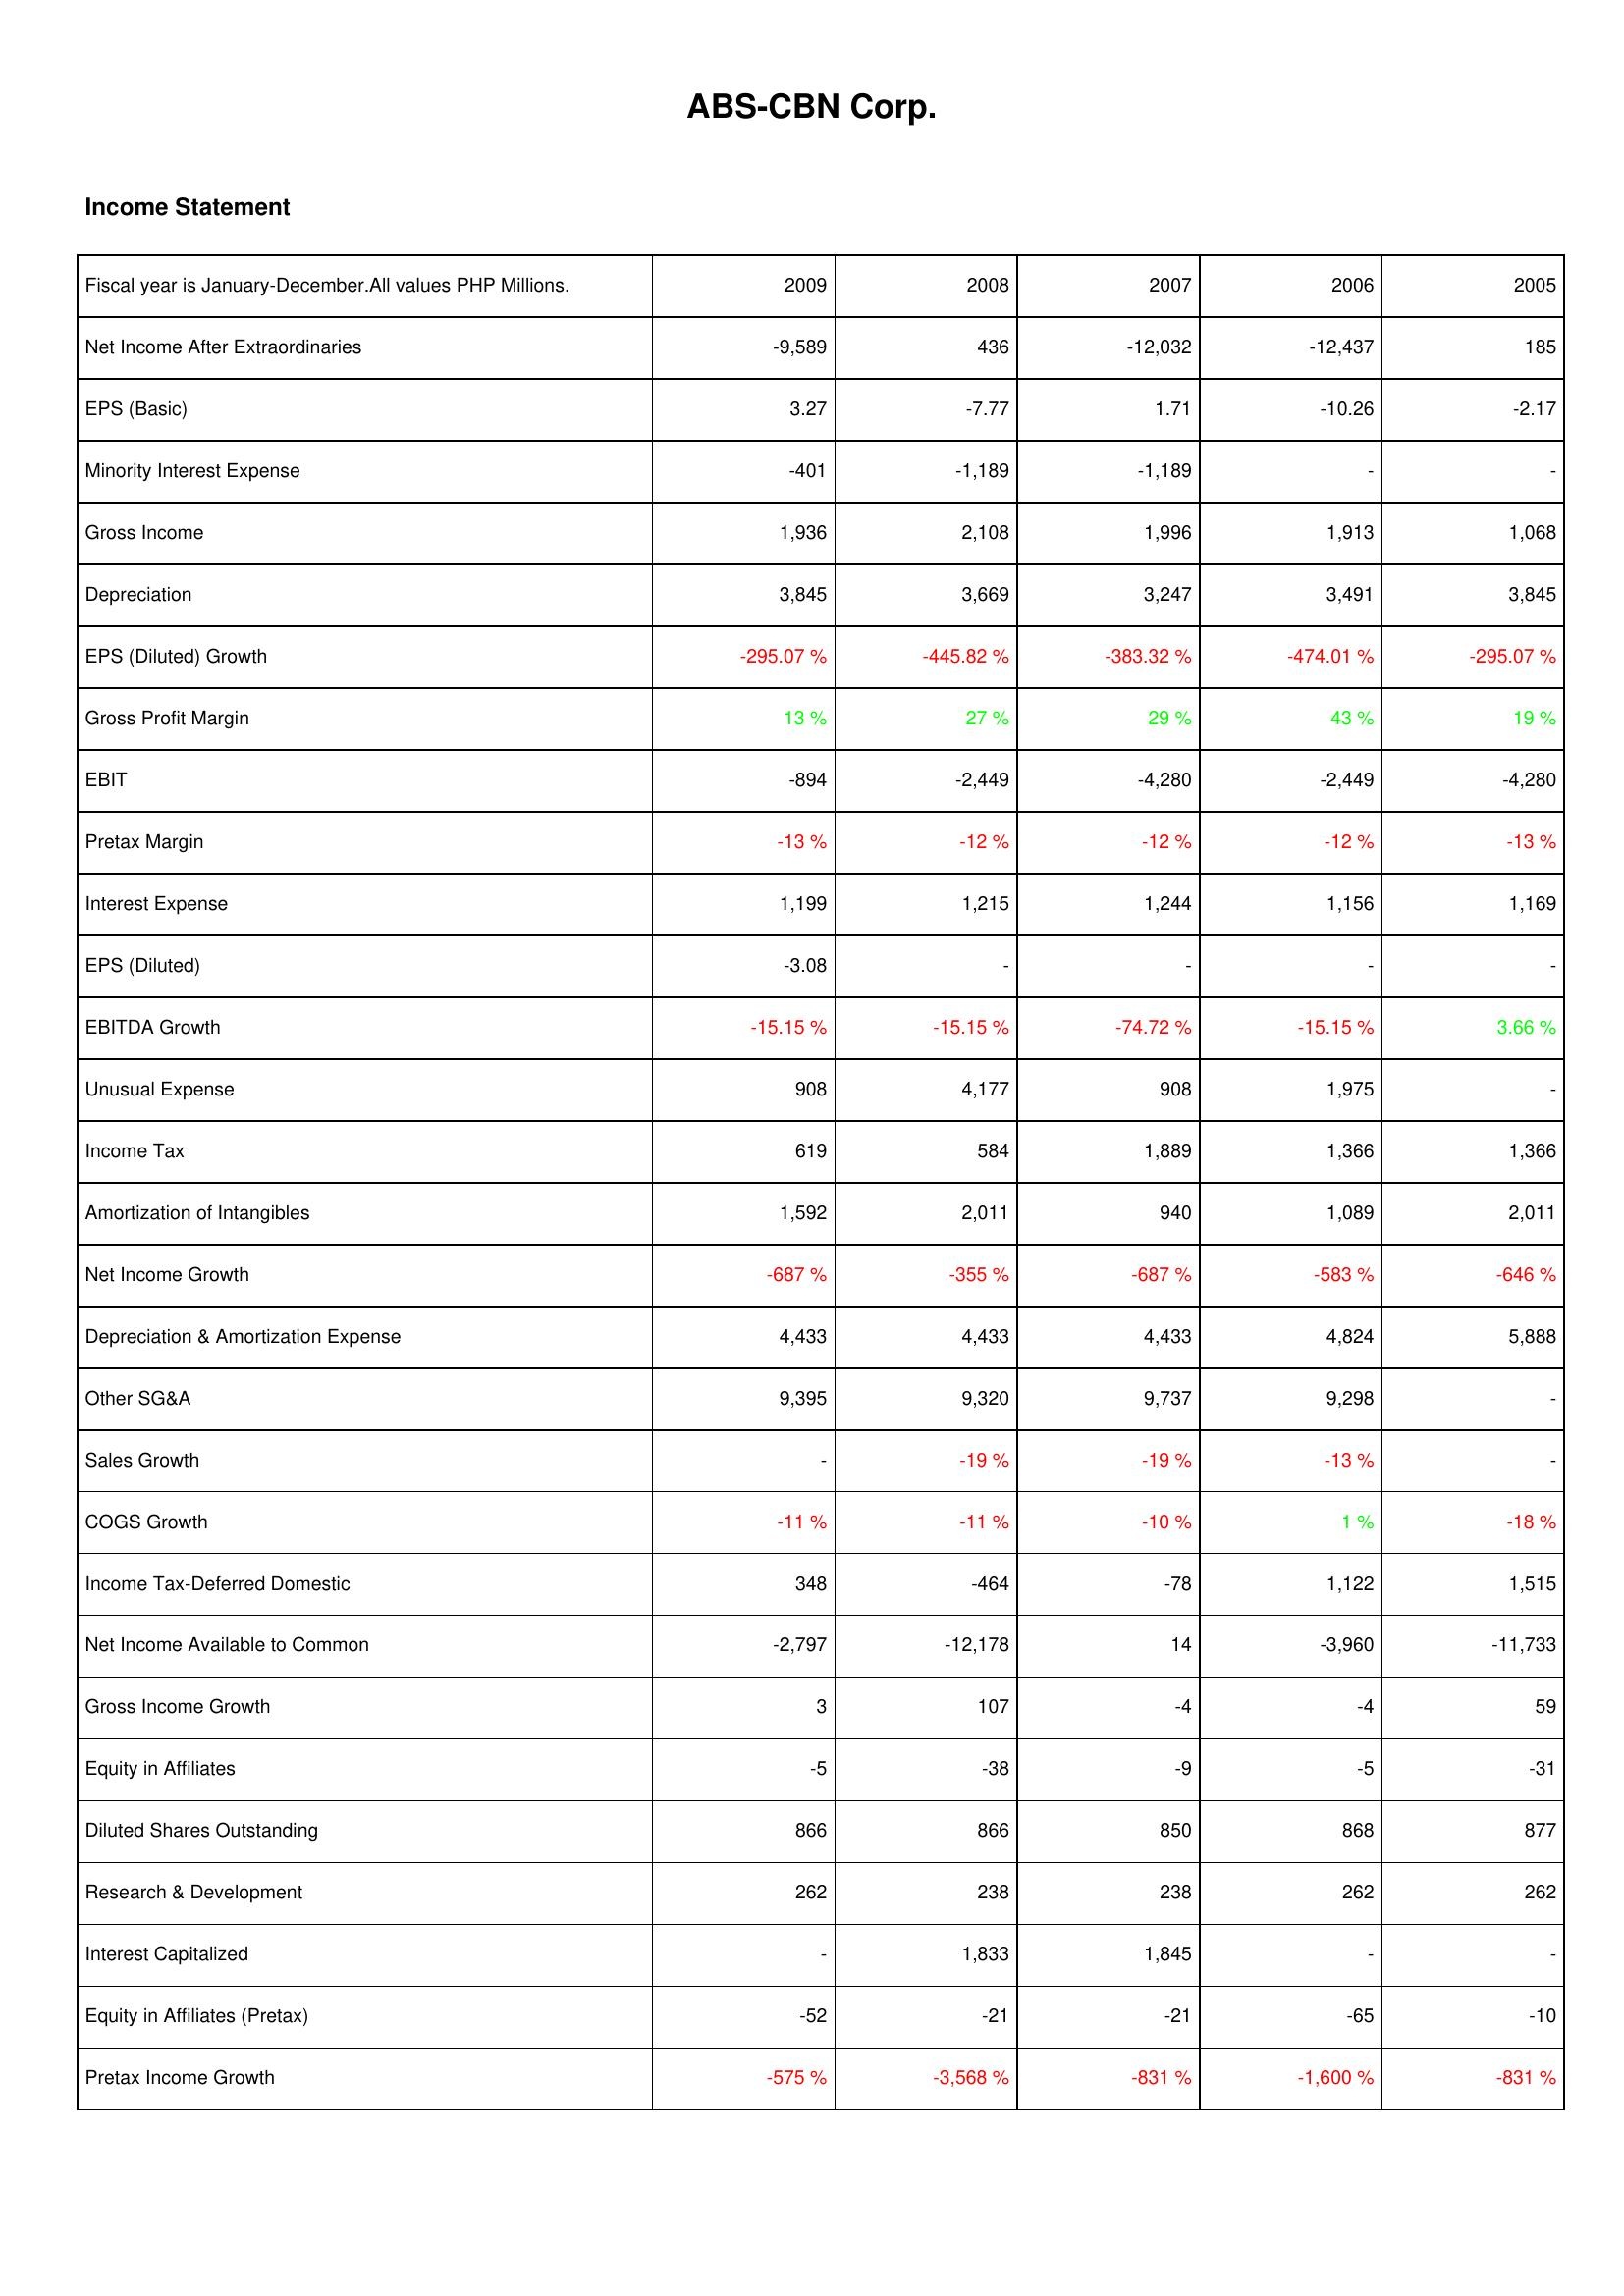
2009: Income Statement: Net Income After Extraordinaries: -9,589
EPS (Basic): 3.27
Minority Interest Expense: -401
Gross Income: 1,936
Depreciation: 3,845
EPS (Diluted) Growth: -295.07 %
Gross Profit Margin: 13 %
EBIT: -894
Pretax Margin: -13 %
Interest Expense: 1,199
EPS (Diluted): -3.08
EBITDA Growth: -15.15 %
Unusual Expense: 908
Income Tax: 619
Amortization of Intangibles: 1,592
Net Income Growth: -687 %
Depreciation & Amortization Expense: 4,433
Other SG&A: 9,395
Sales Growth: -
COGS Growth: -11 %
Income Tax-Deferred Domestic: 348
Net Income Available to Common: -2,797
Gross Income Growth: 3
Equity in Affiliates: -5
Diluted Shares Outstanding: 866
Research & Development: 262
Interest Capitalized: -
Equity in Affiliates (Pretax): -52
Pretax Income Growth: -575 %
2008: Income Statement: Net Income After Extraordinaries: 436
EPS (Basic): -7.77
Minority Interest Expense: -1,189
Gross Income: 2,108
Depreciation: 3,669
EPS (Diluted) Growth: -445.82 %
Gross Profit Margin: 27 %
EBIT: -2,449
Pretax Margin: -12 %
Interest Expense: 1,215
EPS (Diluted): -
EBITDA Growth: -15.15 %
Unusual Expense: 4,177
Income Tax: 584
Amortization of Intangibles: 2,011
Net Income Growth: -355 %
Depreciation & Amortization Expense: 4,433
Other SG&A: 9,320
Sales Growth: -19 %
COGS Growth: -11 %
Income Tax-Deferred Domestic: -464
Net Income Available to Common: -12,178
Gross Income Growth: 107
Equity in Affiliates: -38
Diluted Shares Outstanding: 866
Research & Development: 238
Interest Capitalized: 1,833
Equity in Affiliates (Pretax): -21
Pretax Income Growth: -3,568 %
2007: Income Statement: Net Income After Extraordinaries: -12,032
EPS (Basic): 1.71
Minority Interest Expense: -1,189
Gross Income: 1,996
Depreciation: 3,247
EPS (Diluted) Growth: -383.32 %
Gross Profit Margin: 29 %
EBIT: -4,280
Pretax Margin: -12 %
Interest Expense: 1,244
EPS (Diluted): -
EBITDA Growth: -74.72 %
Unusual Expense: 908
Income Tax: 1,889
Amortization of Intangibles: 940
Net Income Growth: -687 %
Depreciation & Amortization Expense: 4,433
Other SG&A: 9,737
Sales Growth: -19 %
COGS Growth: -10 %
Income Tax-Deferred Domestic: -78
Net Income Available to Common: 14
Gross Income Growth: -4
Equity in Affiliates: -9
Diluted Shares Outstanding: 850
Research & Development: 238
Interest Capitalized: 1,845
Equity in Affiliates (Pretax): -21
Pretax Income Growth: -831 %
2006: Income Statement: Net Income After Extraordinaries: -12,437
EPS (Basic): -10.26
Minority Interest Expense: -
Gross Income: 1,913
Depreciation: 3,491
EPS (Diluted) Growth: -474.01 %
Gross Profit Margin: 43 %
EBIT: -2,449
Pretax Margin: -12 %
Interest Expense: 1,156
EPS (Diluted): -
EBITDA Growth: -15.15 %
Unusual Expense: 1,975
Income Tax: 1,366
Amortization of Intangibles: 1,089
Net Income Growth: -583 %
Depreciation & Amortization Expense: 4,824
Other SG&A: 9,298
Sales Growth: -13 %
COGS Growth: 1 %
Income Tax-Deferred Domestic: 1,122
Net Income Available to Common: -3,960
Gross Income Growth: -4
Equity in Affiliates: -5
Diluted Shares Outstanding: 868
Research & Development: 262
Interest Capitalized: -
Equity in Affiliates (Pretax): -65
Pretax Income Growth: -1,600 %
2005: Income Statement: Net Income After Extraordinaries: 185
EPS (Basic): -2.17
Minority Interest Expense: -
Gross Income: 1,068
Depreciation: 3,845
EPS (Diluted) Growth: -295.07 %
Gross Profit Margin: 19 %
EBIT: -4,280
Pretax Margin: -13 %
Interest Expense: 1,169
EPS (Diluted): -
EBITDA Growth: 3.66 %
Unusual Expense: -
Income Tax: 1,366
Amortization of Intangibles: 2,011
Net Income Growth: -646 %
Depreciation & Amortization Expense: 5,888
Other SG&A: -
Sales Growth: -
COGS Growth: -18 %
Income Tax-Deferred Domestic: 1,515
Net Income Available to Common: -11,733
Gross Income Growth: 59
Equity in Affiliates: -31
Diluted Shares Outstanding: 877
Research & Development: 262
Interest Capitalized: -
Equity in Affiliates (Pretax): -10
Pretax Income Growth: -831 %